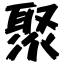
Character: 聚